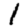
Digit: 1